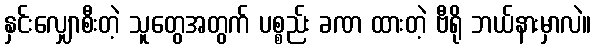
နှင်းလျှောစီးတဲ့ သူတွေအတွက် ပစ္စည်း ခဏ ထားတဲ့ ဗီရို ဘယ်နားမှာလဲ။